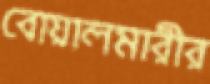
বোয়ালমারীর